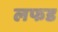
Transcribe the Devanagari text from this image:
लफड